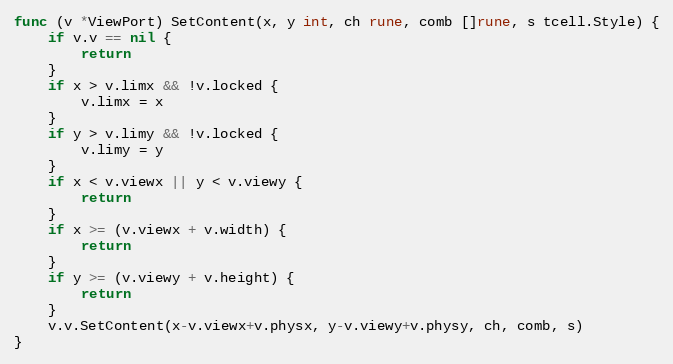
Language: Go
func (v *ViewPort) SetContent(x, y int, ch rune, comb []rune, s tcell.Style) {
	if v.v == nil {
		return
	}
	if x > v.limx && !v.locked {
		v.limx = x
	}
	if y > v.limy && !v.locked {
		v.limy = y
	}
	if x < v.viewx || y < v.viewy {
		return
	}
	if x >= (v.viewx + v.width) {
		return
	}
	if y >= (v.viewy + v.height) {
		return
	}
	v.v.SetContent(x-v.viewx+v.physx, y-v.viewy+v.physy, ch, comb, s)
}